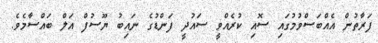
ފަރާތުން އެއްބަސްވުމުގައި ސޮއި ކުރެއްވީ ސައުދީ ފަންޑުގެ ނައިބު ޔޫސުފް އަލް ބައްސާމެވެ.